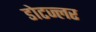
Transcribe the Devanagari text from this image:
डोटज्लर